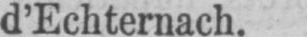
d’Echternach.